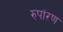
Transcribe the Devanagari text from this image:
रुपांरण